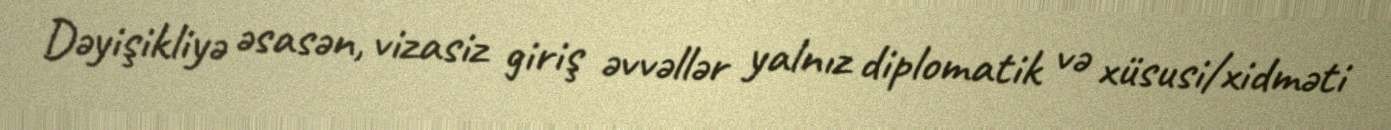
Dəyişikliyə əsasən, vizasiz giriş əvvəllər yalnız diplomatik və xüsusi/xidməti